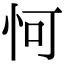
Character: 𪫧